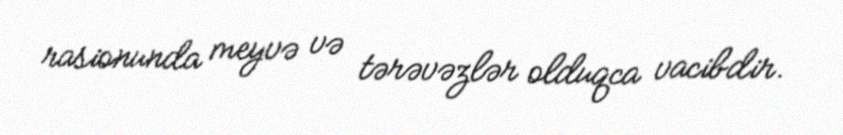
rasionunda meyvə və tərəvəzlər olduqca vacibdir.